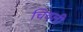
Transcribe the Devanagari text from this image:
चिवली